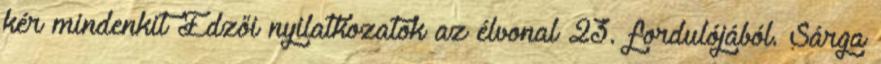
kér mindenkit Edzői nyilatkozatok az élvonal 23. fordulójából. Sárga